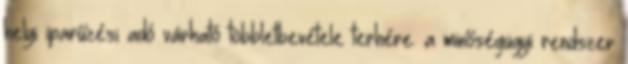
helyi iparűzési adó várható többletbevétele terhére. a minőségügyi rendszer